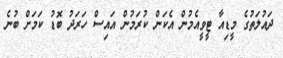
ދައުލަތުގެ މީޑިއާ ޓީވީއެމުން އެކަން ކުރަމުން އައިސް ހަރަދު ބޮޑު ކަމަށް ބުނެ